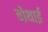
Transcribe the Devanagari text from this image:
चोथाई